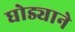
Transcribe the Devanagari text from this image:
घोड्याने